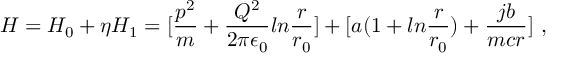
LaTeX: H = H _ { 0 } + \eta H _ { 1 } = [ { \frac { p ^ { 2 } } { m } } + { \frac { Q ^ { 2 } } { 2 \pi \epsilon _ { 0 } } } l n { \frac { r } { r _ { 0 } } } ] + [ a ( 1 + l n { \frac { r } { r _ { 0 } } } ) + { \frac { j b } { m c r } } ] ~ ,